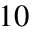
1 0